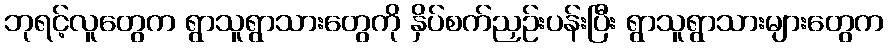
ဘုရင့်လူတွေက ရွာသူရွာသားတွေကို နှိပ်စက်ညှဉ်းပန်းပြီး ရွာသူရွာသားများတွေက